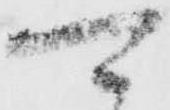
可